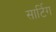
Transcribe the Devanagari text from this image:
सार्टिग